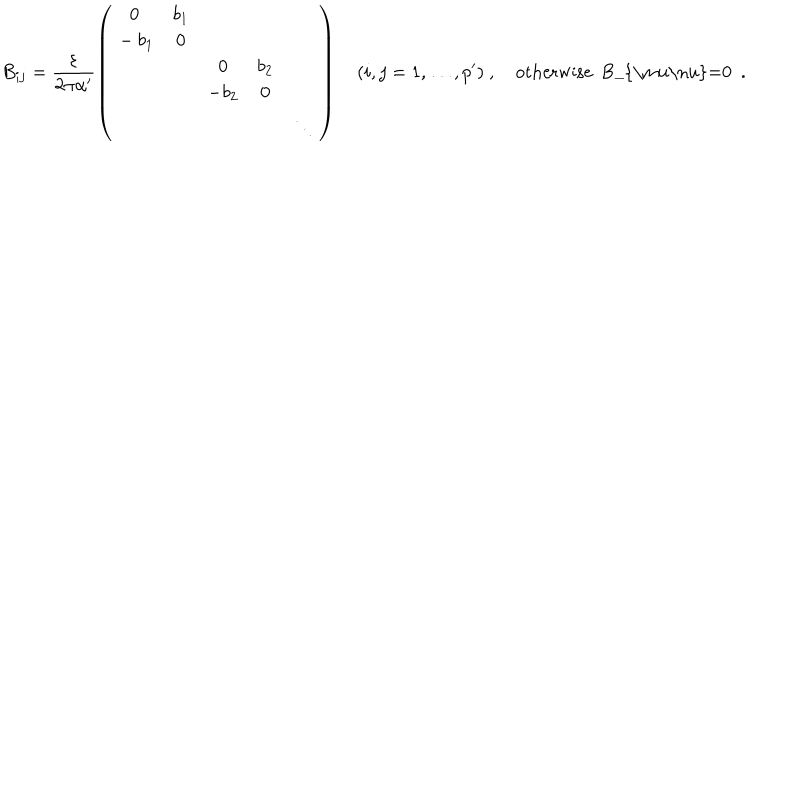
B _ { i j } = \frac { \varepsilon } { 2 \pi \alpha ^ { \prime } } \left( \begin{array} { c c c c c } { { 0 } } & { { b _ { 1 } } } & { { } } & { { } } & { { } } \\ { { { } - b _ { 1 } } } & { { 0 } } & { { } } & { { } } & { { } } \\ { { } } & { { } } & { { 0 } } & { { b _ { 2 } } } & { { } } \\ { { } } & { { } } & { { - b _ { 2 } } } & { { 0 } } & { { } } \\ { { } } & { { } } & { { } } & { { } } & { { \ddots } } \\ \end{array} \right) \quad ( i , j = 1 , \ldots , p ^ { \prime } ) ~ , \quad \mathrm { o t h e r w i s e ~ B _ { \ m u \ n u } = 0 ~ } ~ .